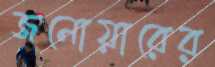
জনোয়ারের